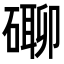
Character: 𥕡